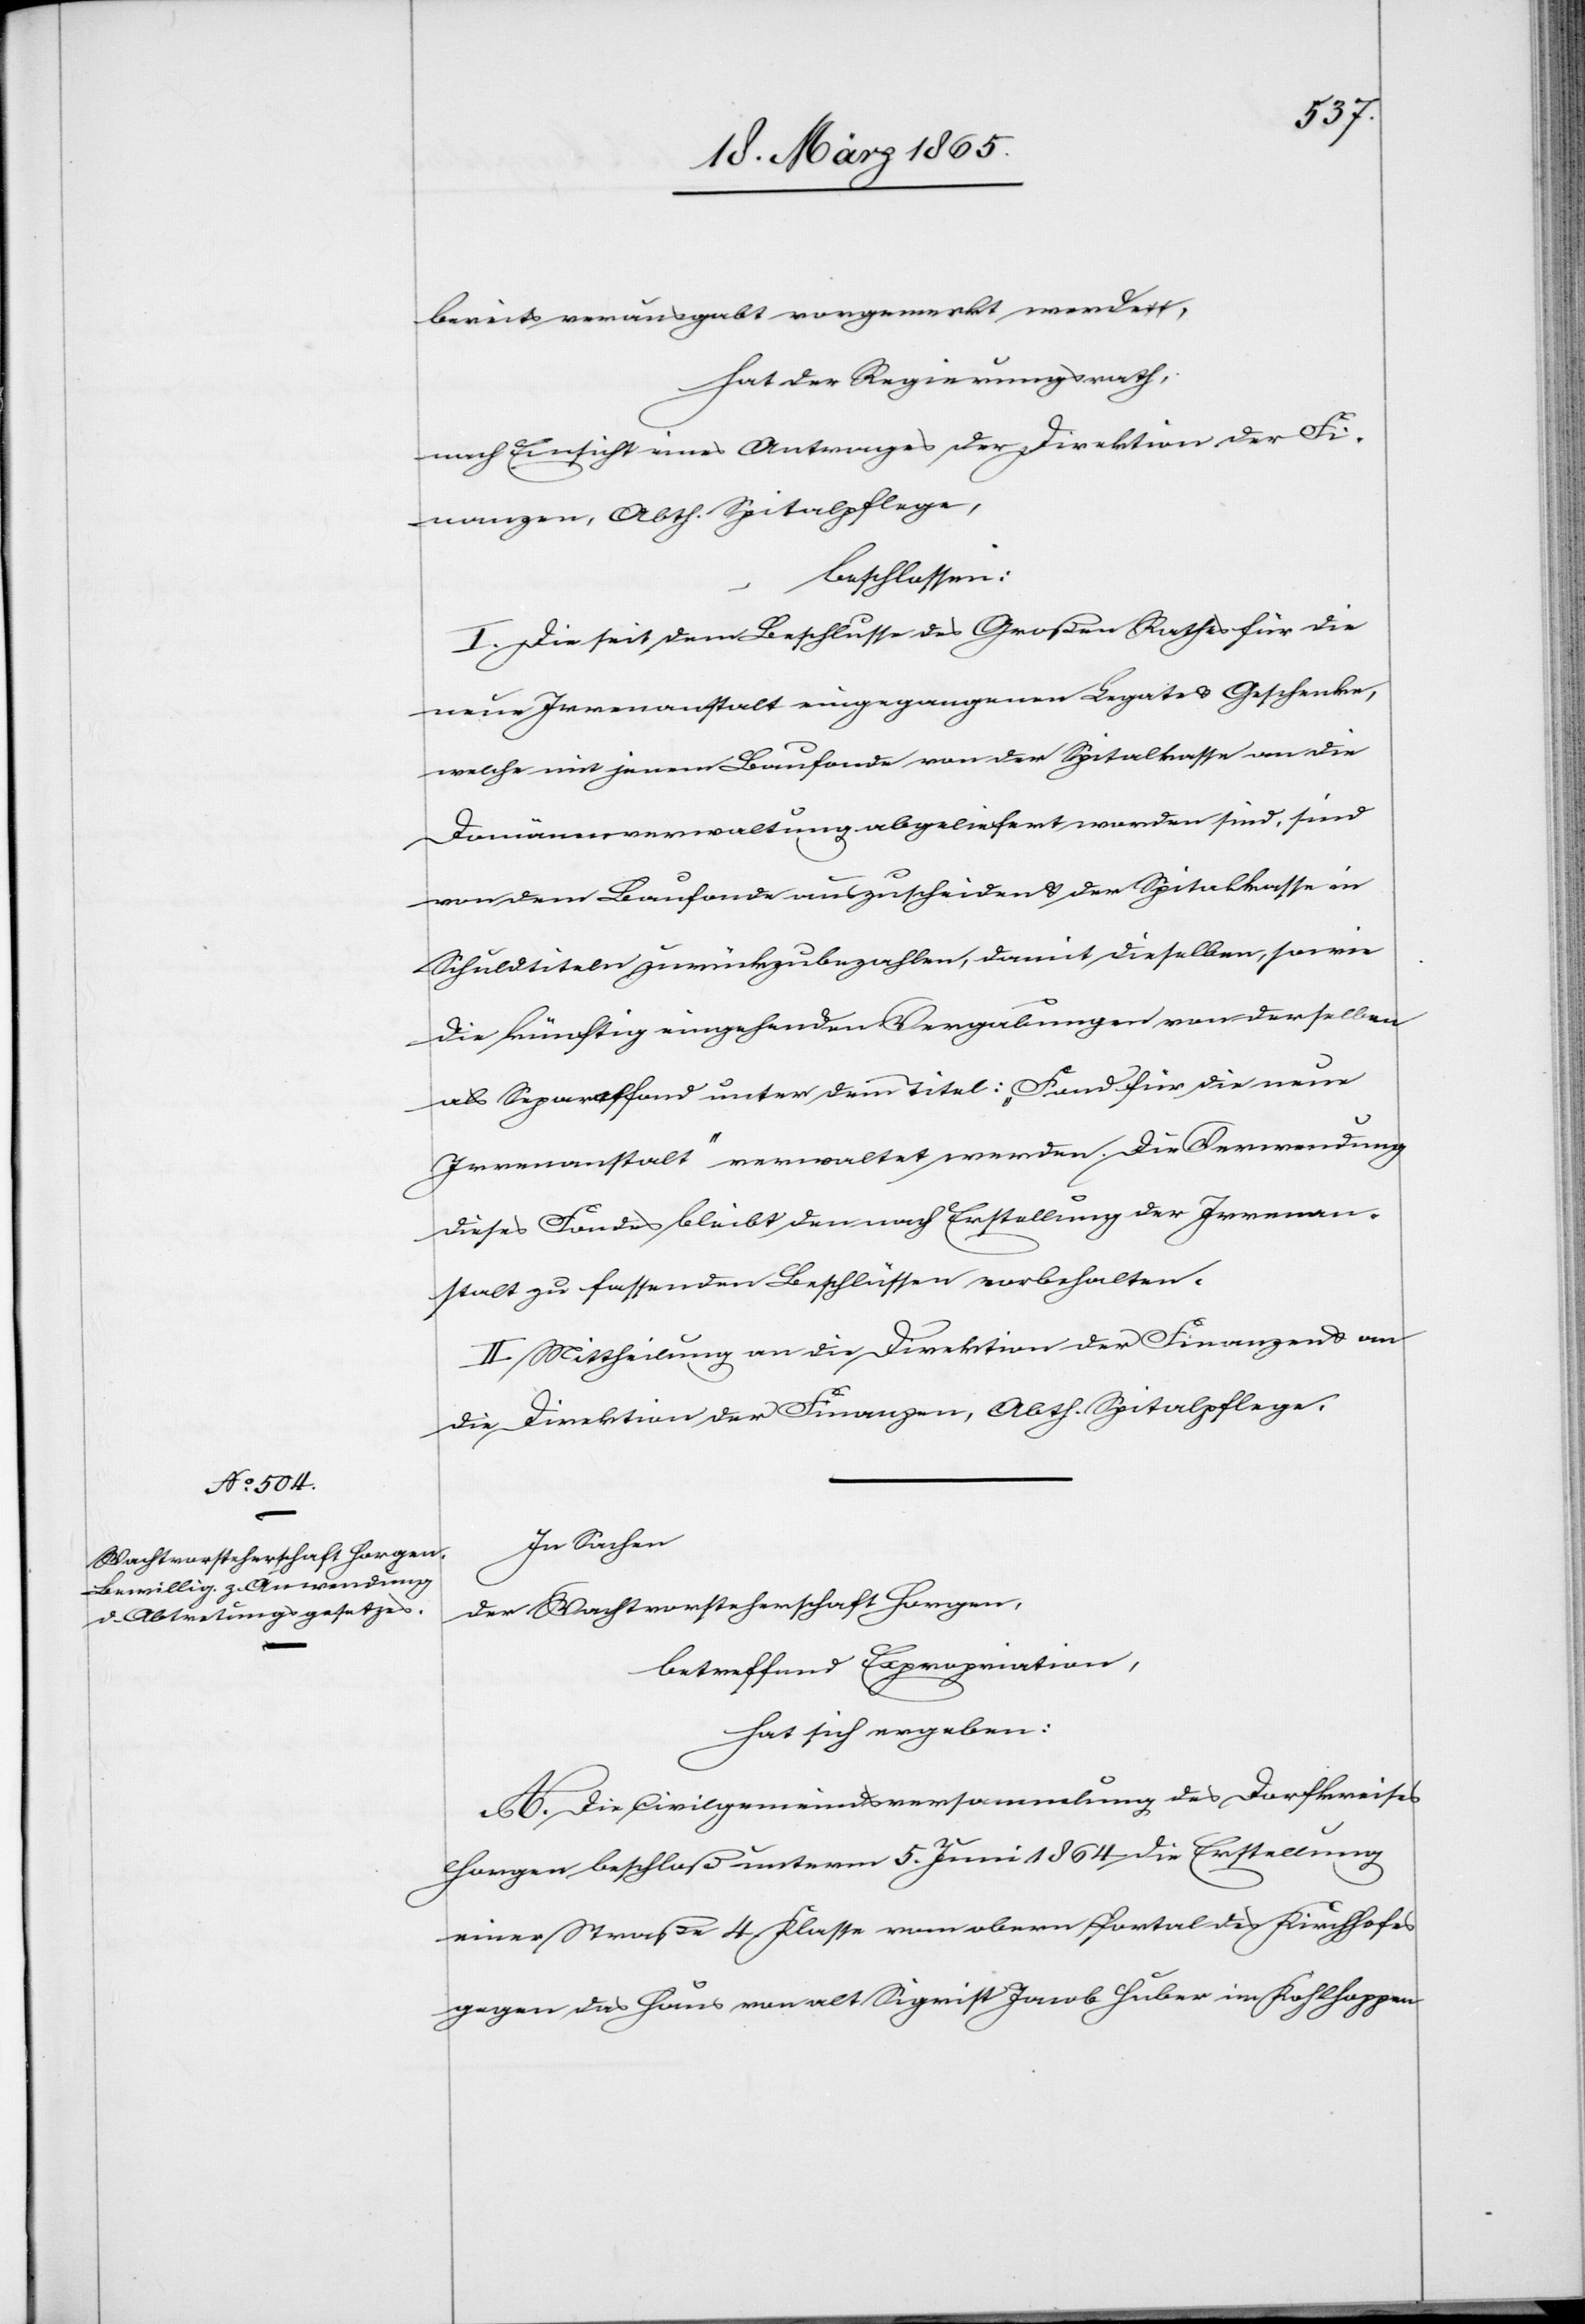
bereits verausgabt vorgemerkt werde,
hat der Regierungsrath,
nach Einsicht eines Antrages der Direktion der Fi¬
nanzen, Abth. Spitalpflege,
beschlossen:
I. Die seit dem Beschlusse des Großen Rathes für die
neue Irrenanstalt eingegangenen Legate & Geschenke,
welche mit jenem Baufonde von der Spitalkasse an die
Domänenverwaltung abgeliefert worden sind, sind
von dem Baufonde auszuscheiden & der Spitalkasse in
Schuldtiteln zurückzubezahlen, damit dieselben, sowie
die künftig eingehenden Vergabungen von derselben
als Separatfond unter dem Titel: „Fond für die neue
Irrenanstalt“ verwaltet werden. Die Verwendung
dieses Fondes bleibt den nach Erstellung der Irrenan¬
stalt zu fassenden Beschlüssen vorbehalten.
II. Mittheilung an die Direktion der Finanzen & an
die Direktion der Finanzen, Abth. Spitalpflege.
In Sachen
der Wahlvorsteherschaft Horgen,
betreffend Expropriation,
hat sich ergeben:
A. Die Civilgemeindsversammlung des Dorfkreises
Horgen beschloß unterm 5. Juni 1864 die Erstellung
einer Straße 4. Klasse vom obern Portal des Kirchhofes
gegen das Haus von alt Sigrist Jacob Huber im Kohlhoppen